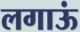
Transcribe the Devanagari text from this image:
लगाऊं